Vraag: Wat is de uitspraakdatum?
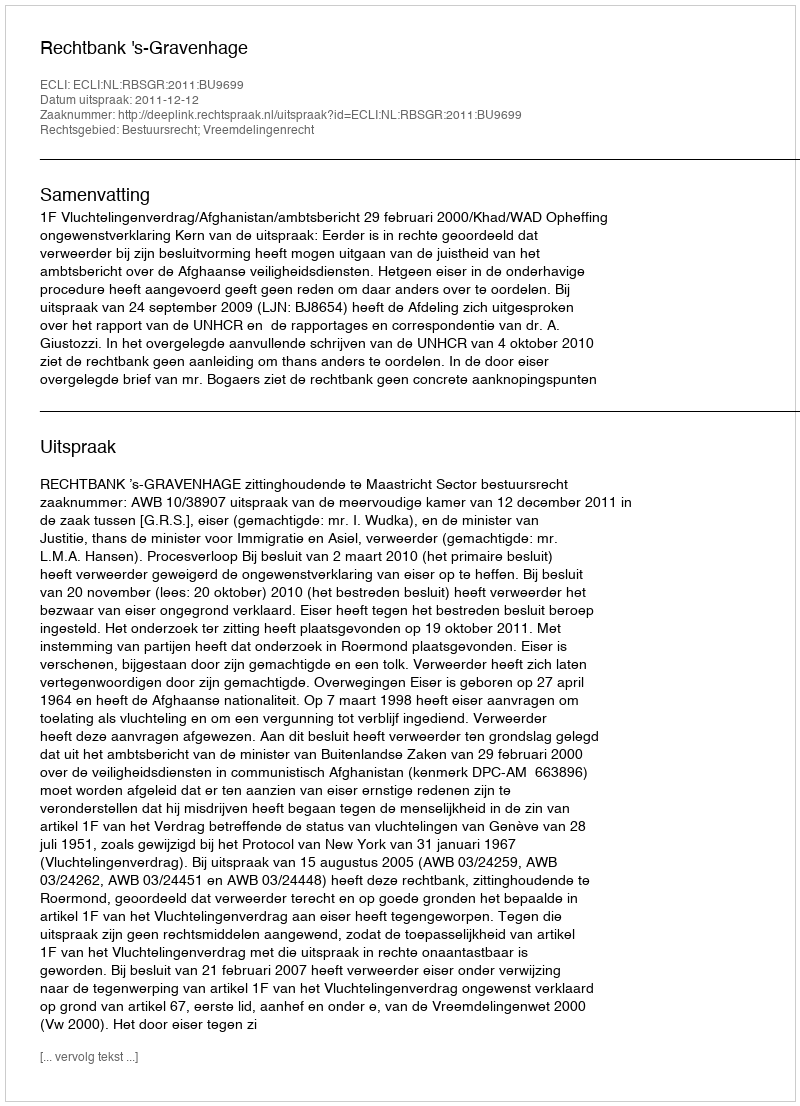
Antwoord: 2011-12-12